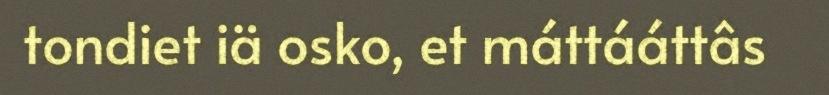
tondiet iä osko, et máttááttâs